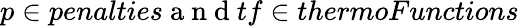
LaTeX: p\in penalties\mathrm{~a~n~d~}tf\in thermoFunctions